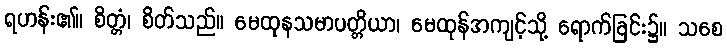
ရဟန်း၏။ စိတ္တံ၊ စိတ်သည်။ မေထုနသမာပတ္တိယာ၊ မေထုန်အကျင့်သို့ ရောက်ခြင်း၌။ သစေ